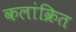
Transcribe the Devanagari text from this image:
कलांक्रित